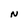
Character: N